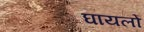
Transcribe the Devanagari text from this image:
घायलो